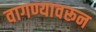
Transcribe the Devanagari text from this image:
वागण्यावरून